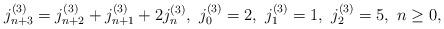
LaTeX: \begin{align*}j_{n+3}^{(3)}=j_{n+2}^{(3)}+j_{n+1}^{(3)}+2j_{n}^{(3)},\ j_{0}^{(3)}=2,\ j_{1}^{(3)}=1,\ j_{2}^{(3)}=5,\ n\geq0,\end{align*}